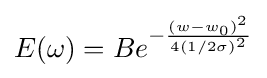
E(\omega )=Be^{-{\frac {(w-w_{0})^{2}}{4(1/2\sigma )^{2}}}}